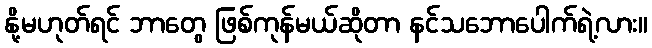
နို့မဟုတ်ရင် ဘာတွေ ဖြစ်ကုန်မယ်ဆိုတာ နင်သဘောပေါက်ရဲ့လား။